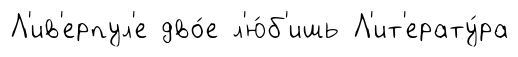
Л'ив'ерпул'е дво́е л'ю́б'ишь Л'ит'ерату́ра